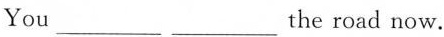
You ___ ___ the road now.